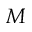
\boldsymbol { M }